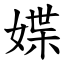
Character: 媟